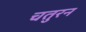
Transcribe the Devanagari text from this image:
चतुरन